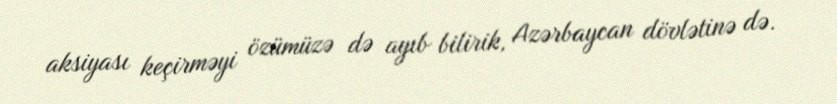
aksiyası keçirməyi özümüzə də ayıb bilirik, Azərbaycan dövlətinə də.